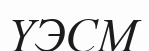
ҮЭСМ